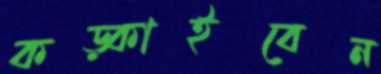
কড়্‌কাইবেন